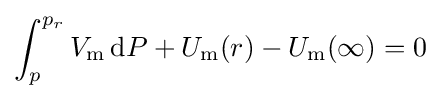
\int _{p}^{p_{r}}V_{\rm {m}}\,\mathrm {d} P+U_{\rm {m}}(r)-U_{\rm {m}}(\infty )=0